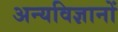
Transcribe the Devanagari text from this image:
अन्यविज्ञानों